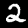
Digit: 2